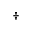
\dagger